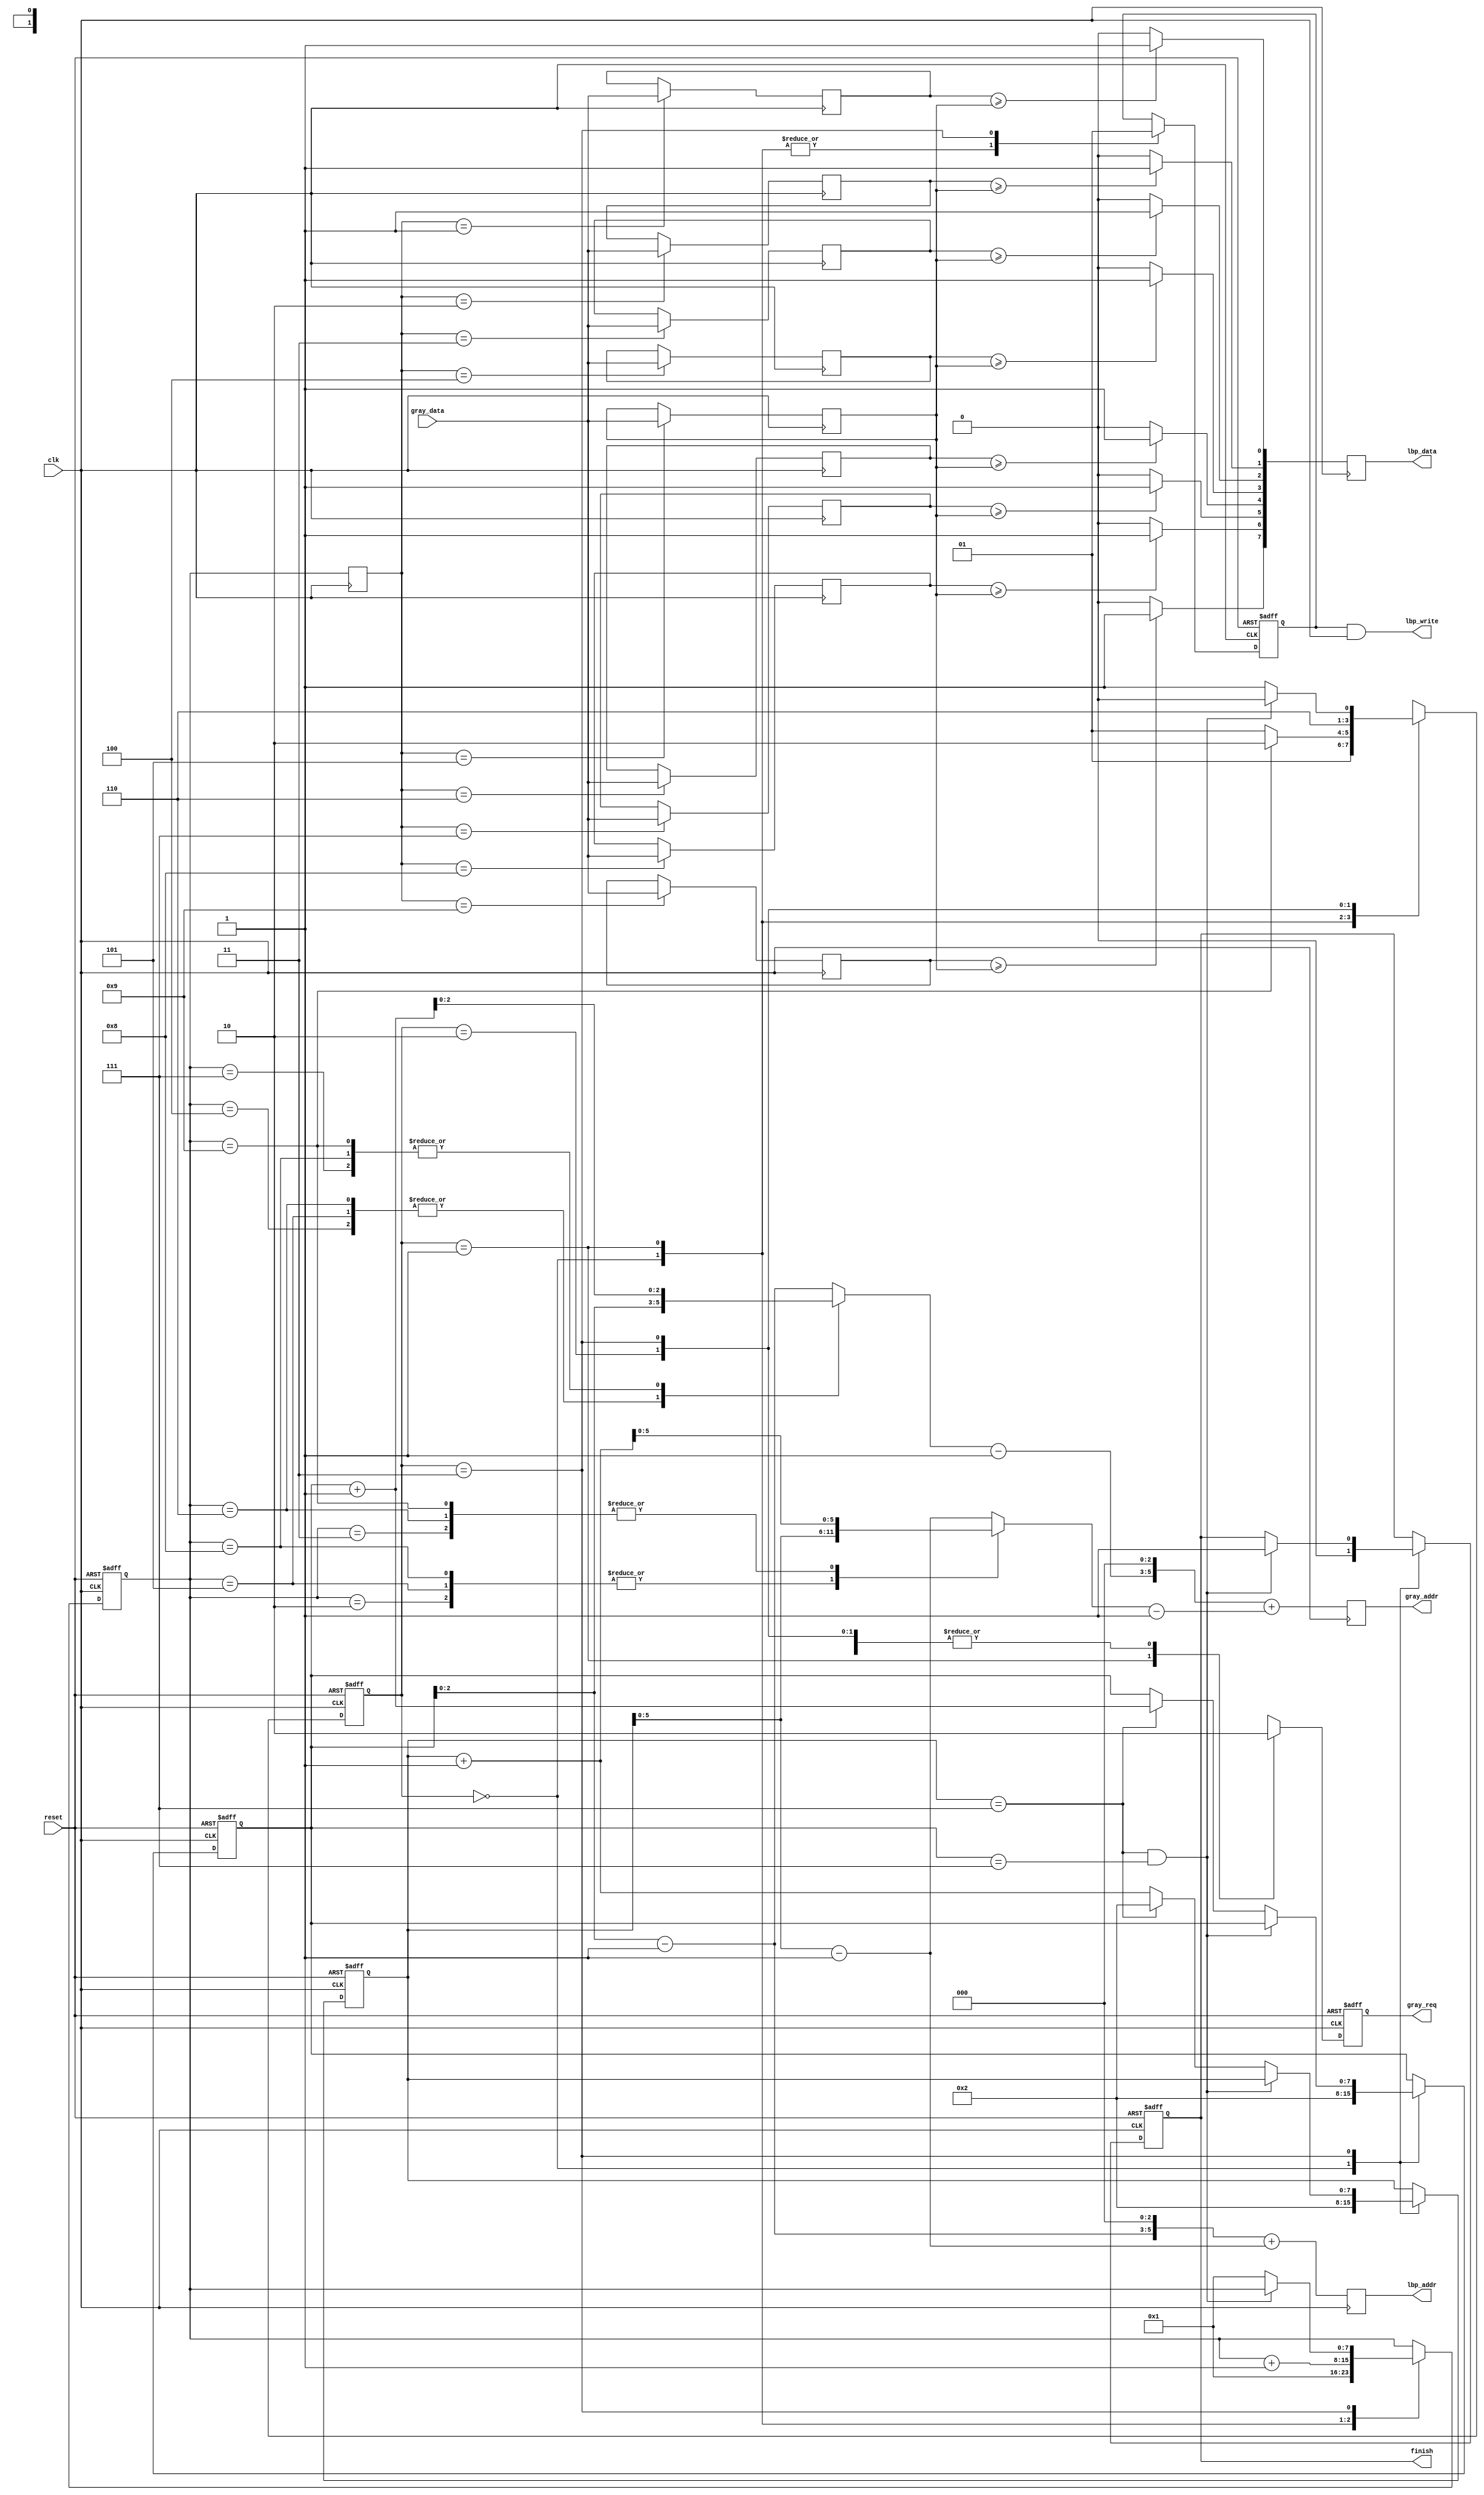
module LBP ( clk, reset, gray_addr, gray_req, gray_data, lbp_addr, lbp_write, lbp_data, finish);
input   	clk;
input   	reset;
output  [5:0] 	gray_addr;
output         	gray_req;
input   [7:0] 	gray_data;
output  [5:0] 	lbp_addr;
output  	lbp_write;
output  [7:0] 	lbp_data;
output  	finish;

//===========================================================================



reg [7:0] lbp_data;
reg [7:0] x, y, k, m;
reg [5:0] x_addr, y_addr;
reg [5:0] gray_addr, lbp_addr, gray_addr_tmp;
reg gray_req;
reg lbp_valid;
reg finish;
reg [1:0] state;
parameter IDLE = 2'b00, LOAD = 2'b01, WRITE = 2'b11, COMP = 2'b10;

reg [7:0] LBP_bin_1, LBP_bin_2, LBP_bin_3, LBP_bin_4, LBP_bin_5, LBP_bin_6, LBP_bin_7, LBP_bin_8, LBP_bin_9;

reg [7:0] LBP_value;

wire	lbp_write = lbp_valid & clk;

always@(posedge clk or posedge reset)
begin
    if ( reset )
    begin
        state <= IDLE;
        gray_req <= 0;
        finish <= 0;
        x <= 2;
        y <= 2;
        k <= 1;
        lbp_valid <= 0;
    end
    else
    begin
        case (state)
            IDLE :
            begin
                state <=  LOAD;
                gray_req <= 0;
                x <= 2;
                y <= 2;
                k <= 1;
                lbp_valid <= 0;
                finish <= 0;
            end
            LOAD :
            begin
                lbp_valid <= 0;
                gray_req <= 1;
                k <= k + 1;
                if (k == 9)
                begin
                    state <= COMP;
                    gray_req <= 1;
                end
                else
                    state <= LOAD;
            end
            COMP :
            begin
                state <= WRITE;
                gray_req <= 0;
            end
            WRITE :
            begin
                lbp_valid <= 1;
                if ((x==7)&(y==7))
                begin
                    state <= IDLE;
                    finish <= 1;
                    gray_req <= 0;
                end
                else if (x == 7)
                begin
                    y <= y + 1;
                    x <= 2;
                    k<= 1;
                    state<= LOAD;
                    gray_req <= 0;
                end
                else
                begin
                    x <= x + 1;
                    k<= 1;
                    state<= LOAD;
                    gray_req <= 0;
                end
            end
        endcase
    end
end

always@(posedge clk)
    m <= k;

always@(*)
begin
    case (k)
        1 :
        begin
            y_addr = y - 1;
            x_addr = x - 1;
        end
        2 :
        begin
            y_addr = y - 1;
            x_addr = x    ;
        end
        3 :
        begin
            y_addr = y - 1;
            x_addr = x + 1;
        end
        4 :
        begin
            y_addr = y    ;
            x_addr = x - 1;
        end
        5 :
        begin
            y_addr = y    ;
            x_addr = x    ;
        end
        6 :
        begin
            y_addr = y    ;
            x_addr = x + 1;
        end
        7 :
        begin
            y_addr = y + 1;
            x_addr = x - 1;
        end
        8 :
        begin
            y_addr = y + 1;
            x_addr = x    ;
        end
        9 :
        begin
            y_addr = y + 1;
            x_addr = x + 1;
        end
    endcase
    gray_addr_tmp = ((y_addr-1)<<3 ) + (x_addr-1);

end

always@(posedge clk)
begin
    gray_addr = gray_addr_tmp;
end

always@(posedge clk)
begin
    case (m)
        1:
            LBP_bin_1 <= gray_data;
        2:
            LBP_bin_2 <= gray_data;
        3:
            LBP_bin_3 <= gray_data;
        4:
            LBP_bin_4 <= gray_data;
        5:
            LBP_bin_5 <= gray_data;
        6:
            LBP_bin_6 <= gray_data;
        7:
            LBP_bin_7 <= gray_data;
        8:
            LBP_bin_8 <= gray_data;
        9:
            LBP_bin_9 <= gray_data;
    endcase
end

always@(*)
begin
    LBP_value[0] = (LBP_bin_1 >= LBP_bin_5) ? 1 : 0;
    LBP_value[1] = (LBP_bin_2 >= LBP_bin_5) ? 1 : 0;
    LBP_value[2] = (LBP_bin_3 >= LBP_bin_5) ? 1 : 0;
    LBP_value[3] = (LBP_bin_4 >= LBP_bin_5) ? 1 : 0;
    LBP_value[4] = (LBP_bin_6 >= LBP_bin_5) ? 1 : 0;
    LBP_value[5] = (LBP_bin_7 >= LBP_bin_5) ? 1 : 0;
    LBP_value[6] = (LBP_bin_8 >= LBP_bin_5) ? 1 : 0;
    LBP_value[7] = (LBP_bin_9 >= LBP_bin_5) ? 1 : 0;
end

always@(posedge clk)
    lbp_addr <= ((y-1)<<3) + (x-1);

always@(posedge clk)
    lbp_data <= LBP_value;


endmodule